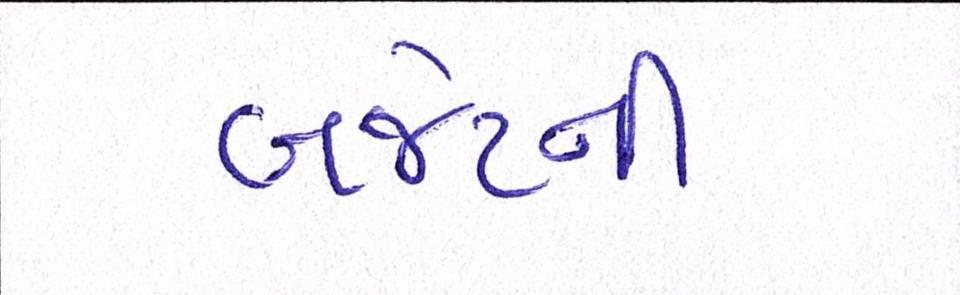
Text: બજેટની